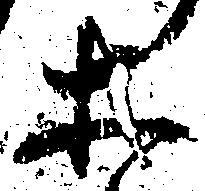
等